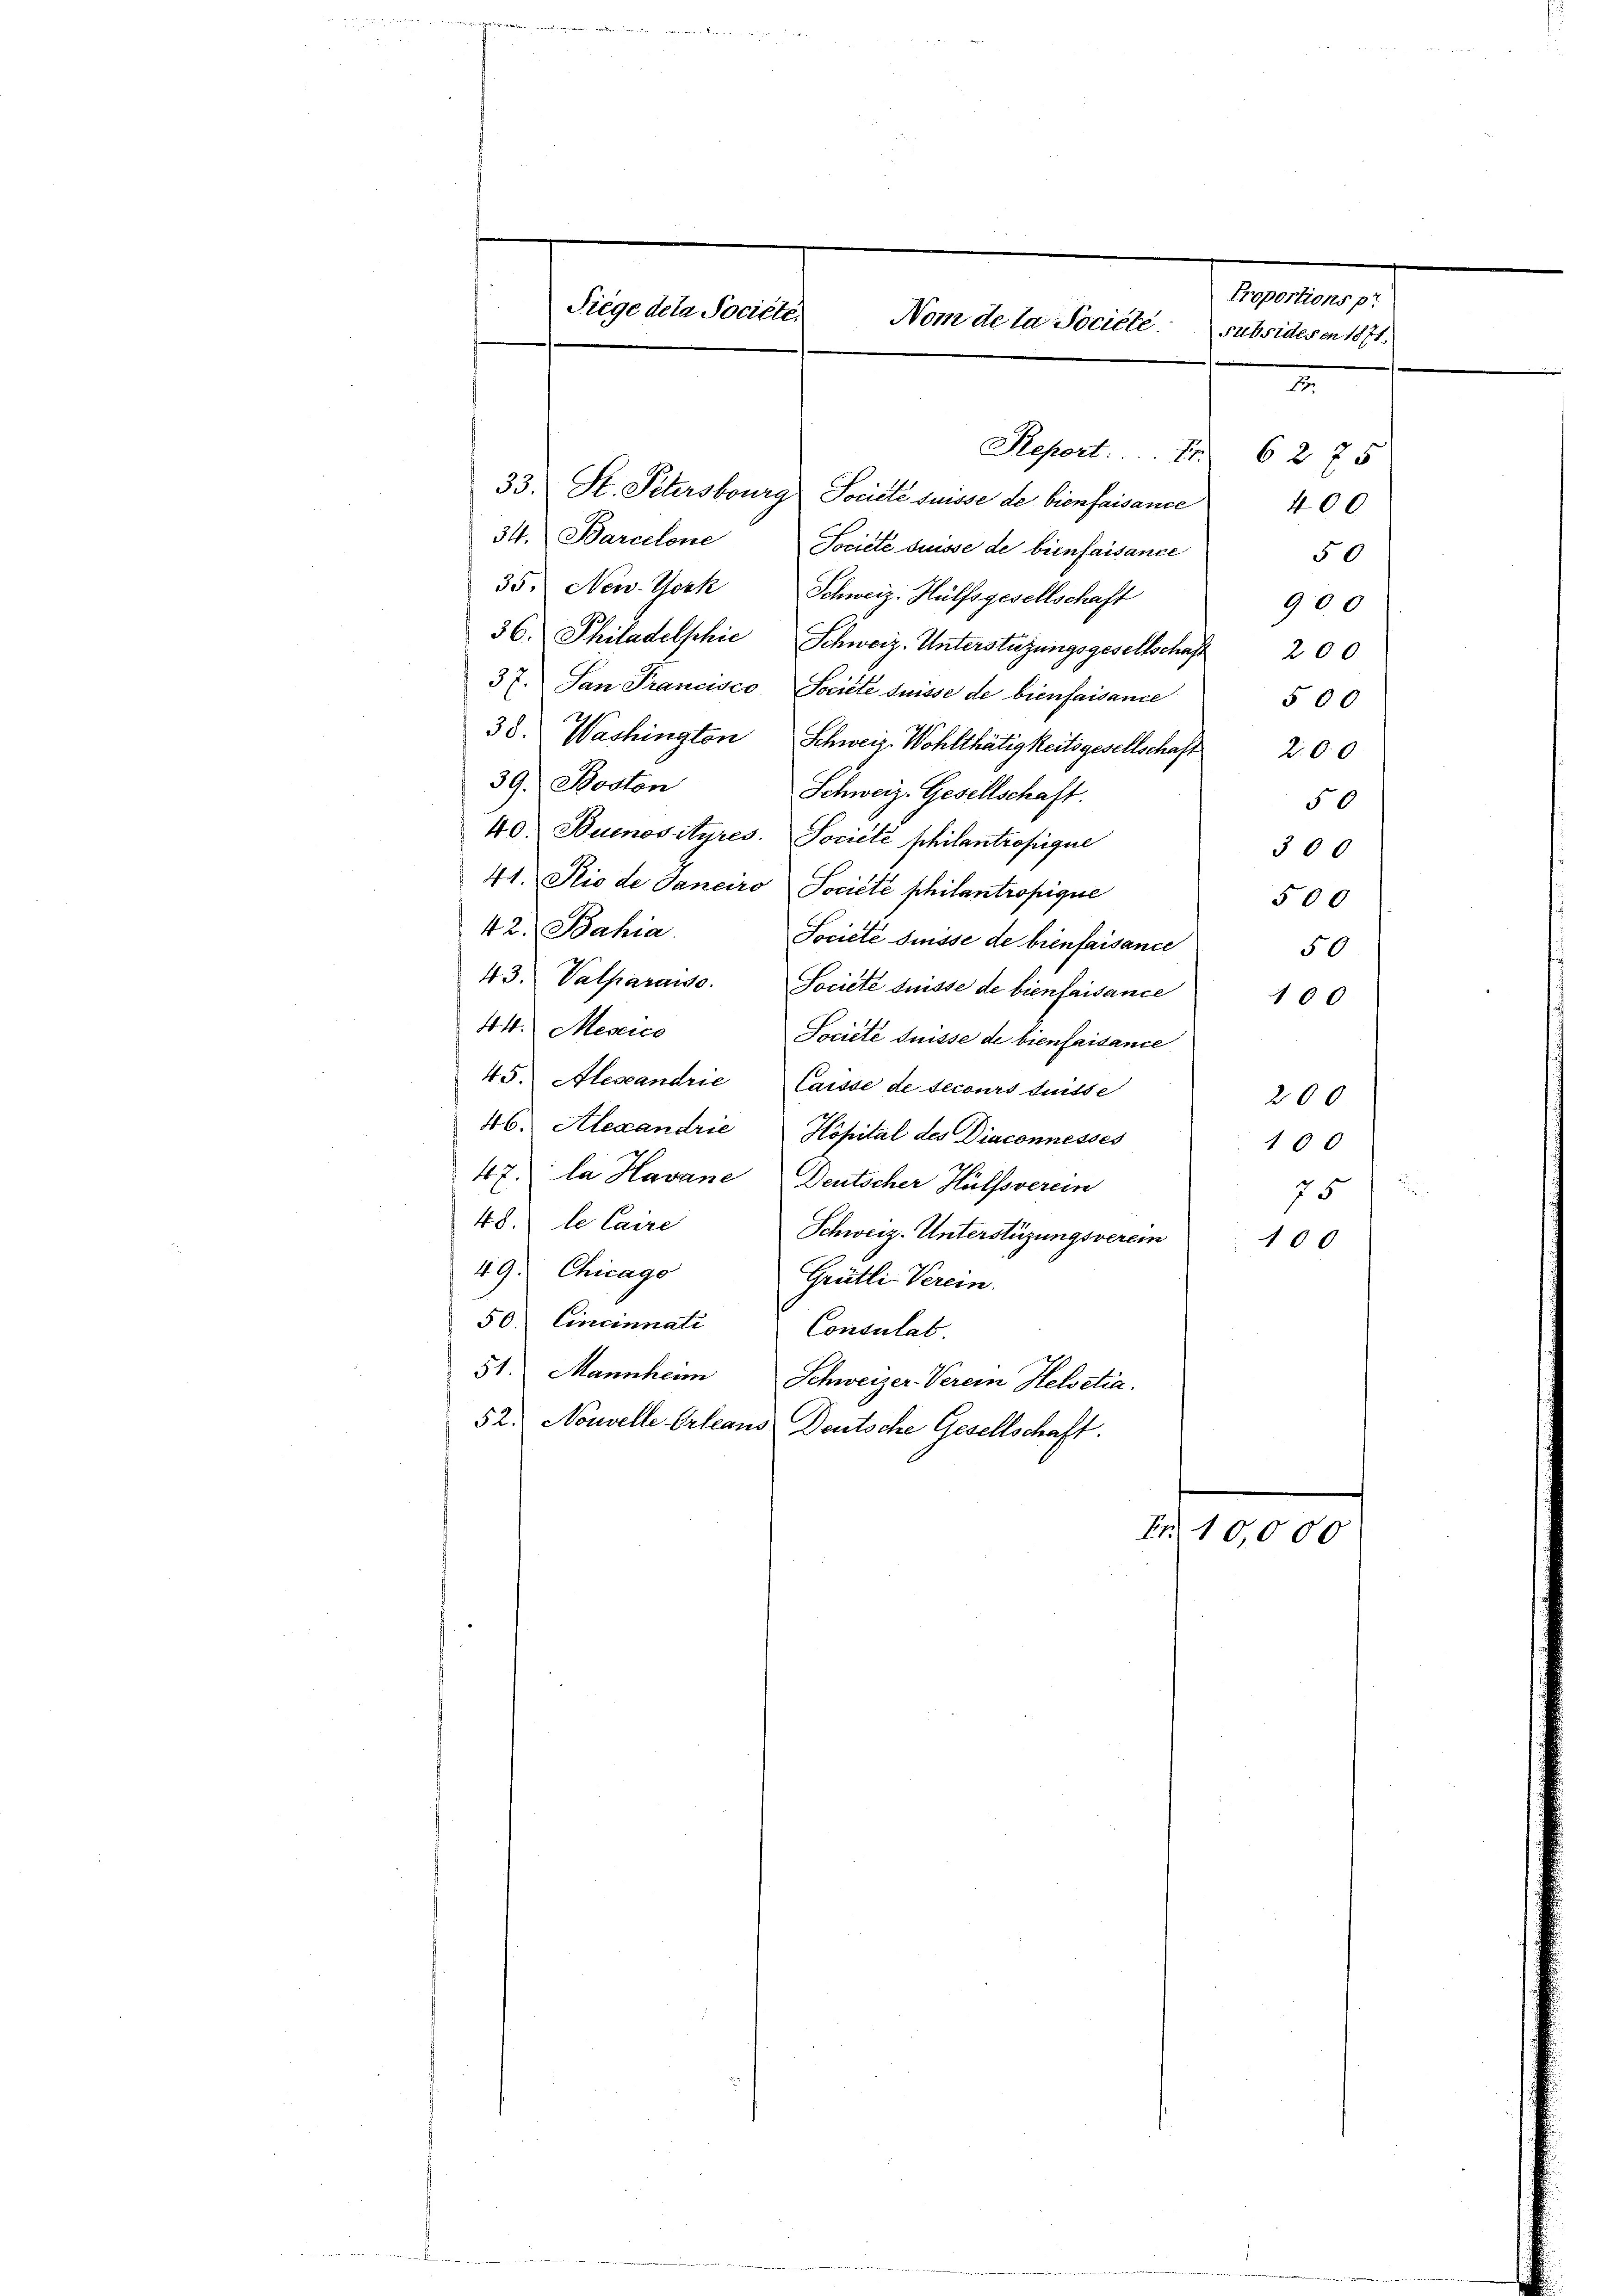
Siege dela Société.

Proportions pr
Nom de la Societe subsidesen 1871
2

Report . . . . 62 75
33. St. Petersburg Soulte suisse de bienfaisance 400
34. Barcelone Société suisse de bienfaisance
50
35. New-York Schweiz. Hülfsgesellschaft
900
36. Philadelphie Schweiz. Unterstüzungsgesellschaft 200
37. San Francisco, Societe suisse de bienfaisance
500
38. Washington Schweiz. Wohlthätigkeitsgesellschaft 200
39. Boston
Schweiz. Gesellschaft.
50
40. Buenos Ayres. Société philantropique
300
41. Sie de Janeiro Société philantropique
500
42. Bahia.
Societe Suisse de bienfaisance
50
43. Valparaiso. Société disse de bienfaisance 100
44. Mexico
Société suisse de bienfaisance
45. Alexandrie Caisse de secours dnisse
200
46. Alexandrie Kopital des Diaconnesses
100
47. Da Havane Deutscher Hülfsverein
75
48. le Caire
Schweiz. Unterstüzungsverein
100
49. Chicago
Grütli- Verein.
50. Cincinnati Consulat.
51. Mannheim Schweizer-Verein Helvetia.
52. Nouvelle Orleaus Deutsche Gesellschaft.
Fr. 10,000